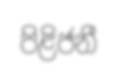
පිළිජනී